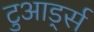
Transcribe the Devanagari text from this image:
टुआर्ड्स